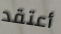
أعتقد